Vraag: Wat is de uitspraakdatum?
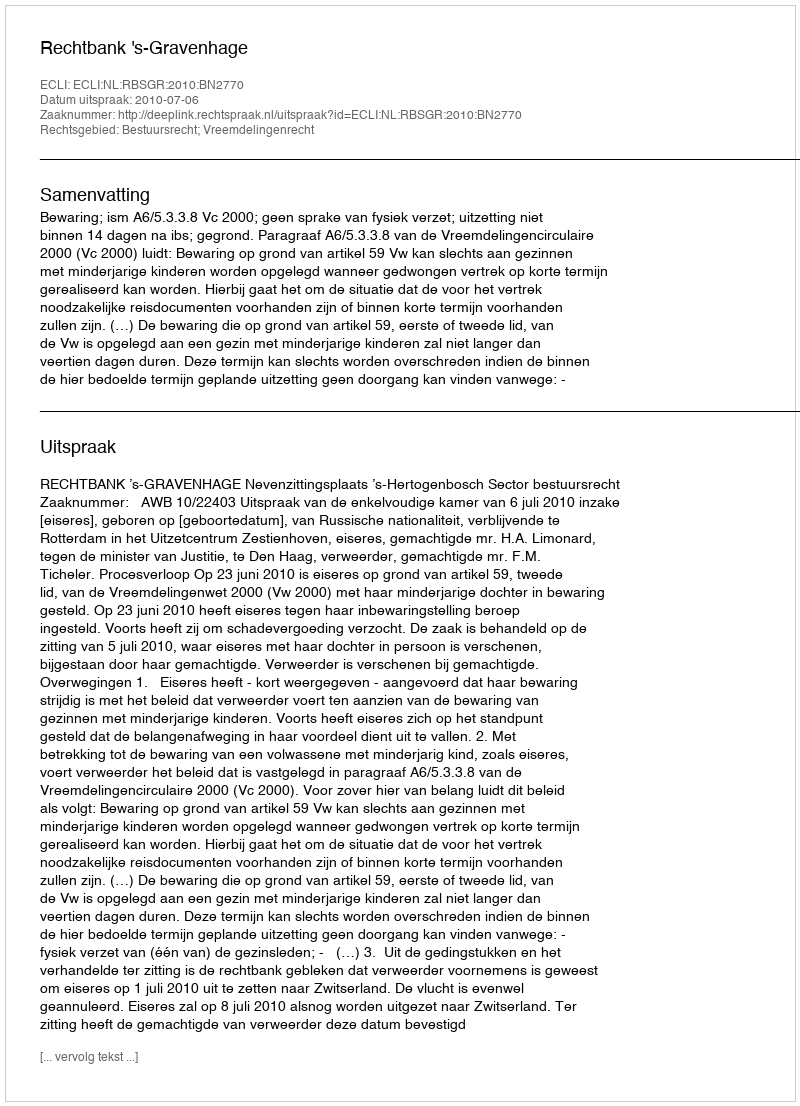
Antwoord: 2010-07-06